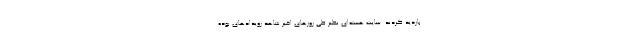
بازدید کردند. سایت هسته‌ای نطنز طی روزهای اخیر شاهد رویدادهای بوده